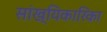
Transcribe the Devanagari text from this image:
सांख्यिकारिका